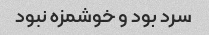
سرد بود و خوشمزه نبود